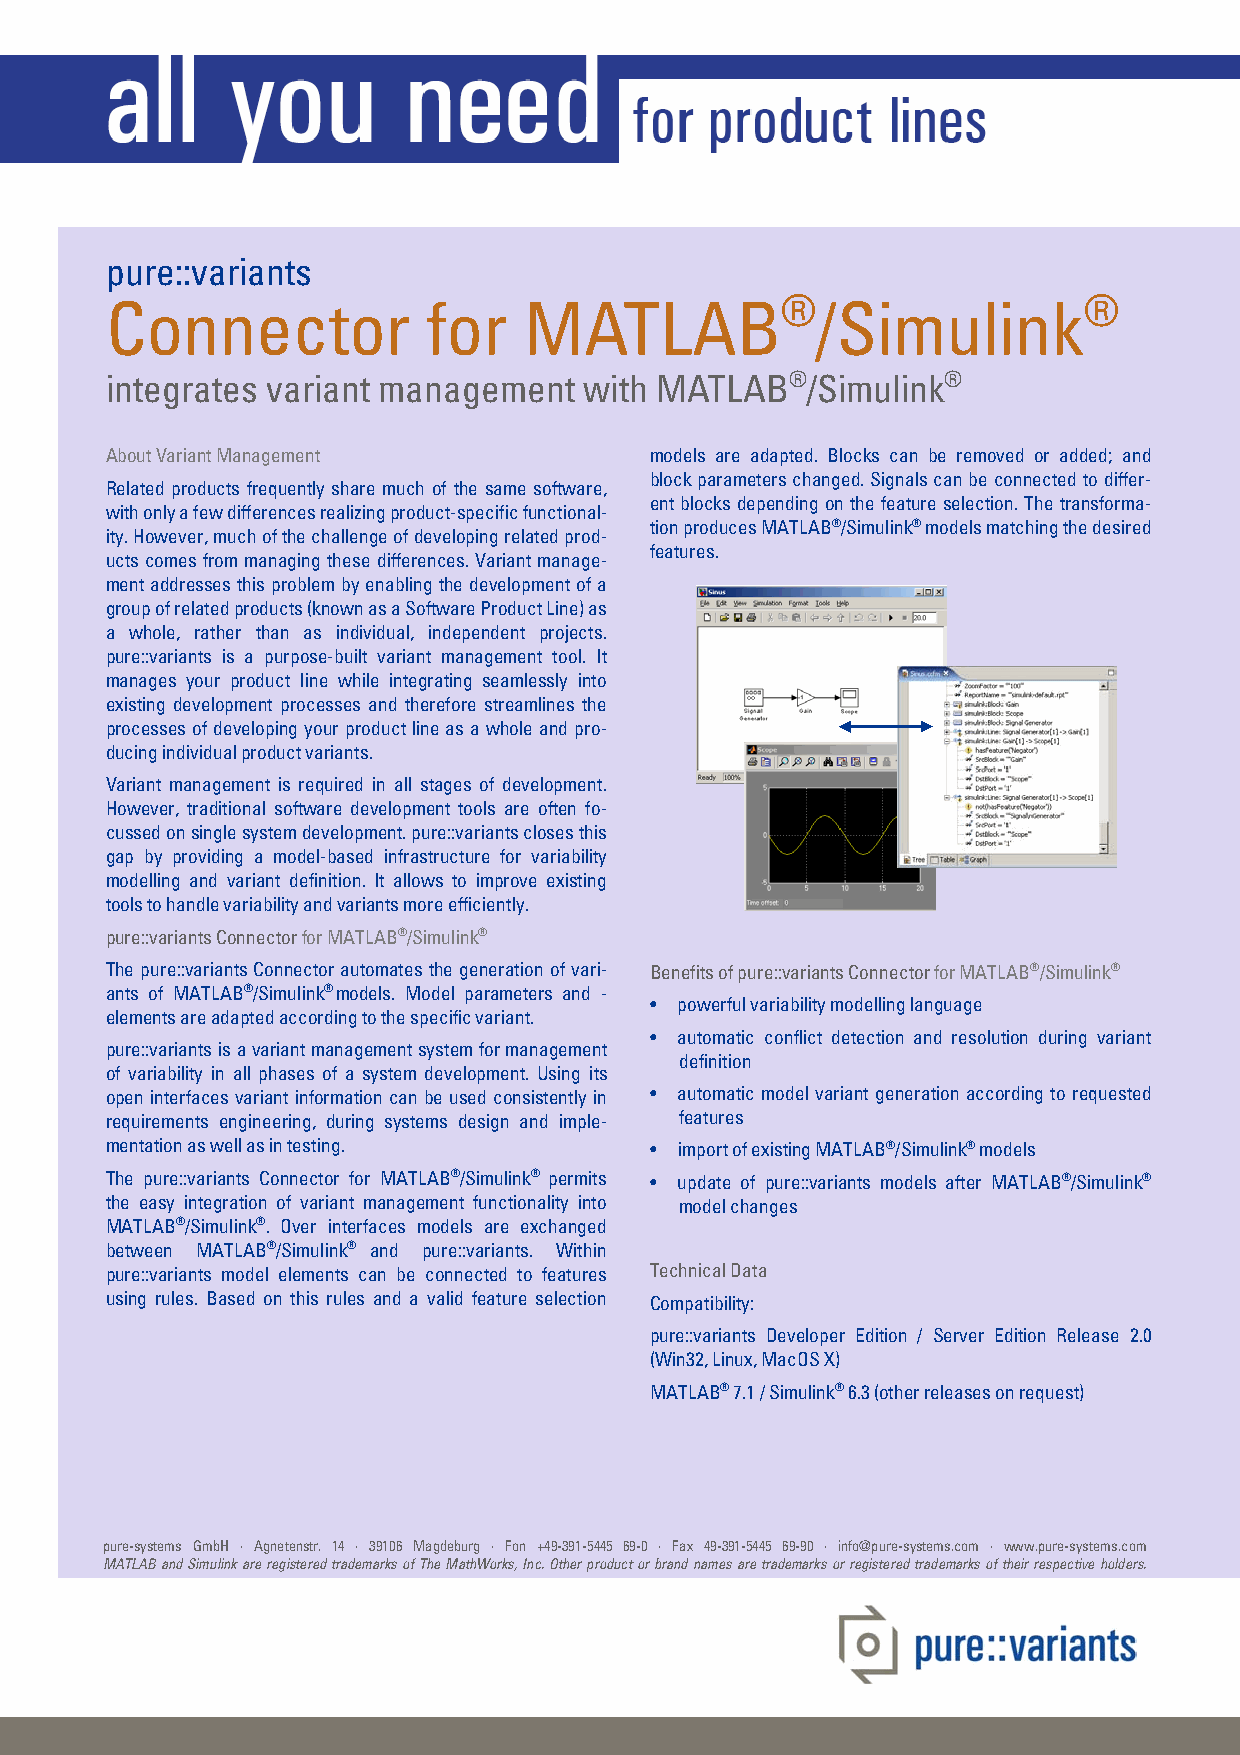
pure::variants
 ®                   ®
 Connector            for    MATLAB             /Simulink
 integrates variant management   with MATLAB®/Simulink®
 About Variant Management            models are adapted. Blocks can be removed or added; and
 block parameters changed. Signals can be connected to differ-
 Related products frequently share much of the same software,
 ent blocks depending on the feature selection. The transforma-
 with only a few differences realizing product-specific functional-
 tion produces MATLAB®/Simulink® models matching the desired
 ity. However, much of the challenge of developing related prod-
 features.
 ucts comes from managing these differences. Variant manage-
 ment addresses this problem by enabling the development of a
 group of related products (known as a Software Product Line) as
 a whole, rather than as individual, independent projects.
 pure::variants is a purpose-built variant management tool. It
 manages your product line while integrating seamlessly into
 existing development processes and therefore streamlines the
 processes of developing your product line as a whole and pro-
 ducing individual product variants.
 Variant management is required in all stages of development.
 However, traditional software development tools are often fo-
 cussed on single system development. pure::variants closes this
 gap by providing a model-based infrastructure for variability
 modelling and variant definition. It allows to improve existing
 tools to handle variability and variants more efficiently.
 pure::variants Connector for MATLAB®/Simulink®
 The pure::variants Connector automates the generation of vari- Benefits of pure::variants Connector for MATLAB®/Simulink®
 ants of MATLAB®/Simulink® models. Model parameters and -
 • powerful variability modelling language
 elements are adapted according to the specific variant.
 • automatic conflict detection and resolution during variant
 pure::variants is a variant management system for management
 definition
 of variability in all phases of a system development. Using its
 open interfaces variant information can be used consistently in • automatic model variant generation according to requested
 requirements engineering, during systems design and imple- features
 mentation as well as in testing.    • import of existing MATLAB®/Simulink® models
 The pure::variants Connector for MATLAB®/Simulink® permits • update of pure::variants models after MATLAB®/Simulink®
 the easy integration of variant management functionality into model changes
 MATLAB®/Simulink®. Over interfaces models are exchanged
 between MATLAB®/Simulink® and pure::variants. Within
 pure::variants model elements can be connected to features Technical Data
 using rules. Based on this rules and a valid feature selection Compatibility:
 pure::variants Developer Edition / Server Edition Release 2.0
 (Win32, Linux, MacOS X)
 MATLAB® 7.1 / Simulink® 6.3 (other releases on request)
 pure-systems GmbH · Agnetenstr. 14 · 39106 Magdeburg · Fon +49-391-5445 69-0 · Fax 49-391-5445 69-90 · info@pure-systems.com · www.pure-systems.com
 MATLAB and Simulink are registered trademarks of The MathWorks, Inc. Other product or brand names are trademarks or registered trademarks of their respective holders.